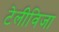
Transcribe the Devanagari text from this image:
टेलीविजा